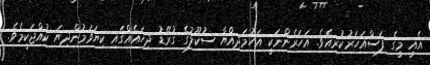
އެއީ މީގެ ފަސްއަހަރުކުރިއެވެ. އަހަރެންނަކީ އަހުމަދިއްޔާ ސުކޫލުގެ ގުރޭޑު ދިހައެއްގައި ކިޔަވަމުންދިޔަ ކުއްޖަކީމެވެ.